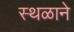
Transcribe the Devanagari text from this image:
स्थळाने